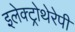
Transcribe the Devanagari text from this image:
इलेक्ट्रोथेरेपी